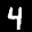
Label: 4